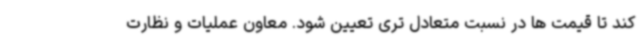
کند تا قیمت ها در نسبت متعادل تری تعیین شود. معاون عملیات و نظارت